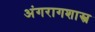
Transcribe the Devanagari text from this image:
अंगरागशास्त्र